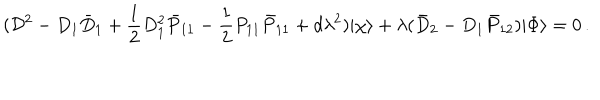
( { \cal D } ^ { 2 } - D _ { 1 } \bar { D } _ { 1 } + \frac { 1 } { 2 } D _ { 1 } ^ { 2 } \bar { P } _ { 1 1 } - \frac { 1 } { 2 } P _ { 1 1 } \bar { P } _ { 1 1 } + d \lambda ^ { 2 } ) | \chi \rangle + \lambda ( \bar { D } _ { 2 } - D _ { 1 } \bar { P } _ { 1 2 } ) | \Phi \rangle = 0 \, .